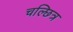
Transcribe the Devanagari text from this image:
चल्छित्र